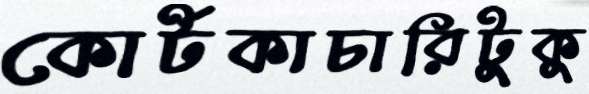
কোর্টকাচারিটুকু